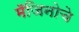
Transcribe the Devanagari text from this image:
मॅजिनोचे